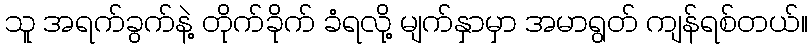
သူ အရက်ခွက်နဲ့ တိုက်ခိုက် ခံရလို့ မျက်နှာမှာ အမာရွတ် ကျန်ရစ်တယ်။